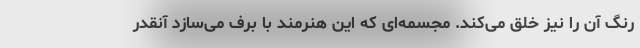
رنگ آن را نیز خلق می‌کند. مجسمه‌ای که این هنرمند با برف می‌سازد آنقدر